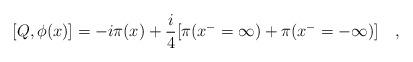
LaTeX: \begin{align*}[Q, \phi(x)]=-i\pi(x)+\frac{i}{4}[\pi(x^- =\infty)+\pi(x^- =-\infty)]\quad,\end{align*}